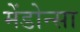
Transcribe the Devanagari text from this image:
मेंडोन्सा